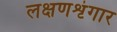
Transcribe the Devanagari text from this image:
लक्षणशृंगार